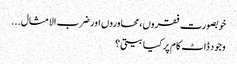
خوبصورت فقروں، محاوروں اور ضرب الامثال...
وجود ڈاٹ کام پر کیا بیتی؟